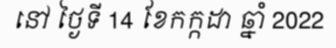
នៅ ថ្ងៃទី 14 ខែកក្កដា ឆ្នាំ 2022